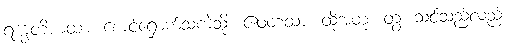
ရက္ခတိယထာ၊ စောင့်ရှောက်သကဲ့သို့။ ဧဝံတထာ၊ ထို့အတူ။ တွံ၊ သင်သည်လည်း။